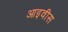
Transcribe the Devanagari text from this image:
आइवीस